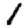
Digit: 1